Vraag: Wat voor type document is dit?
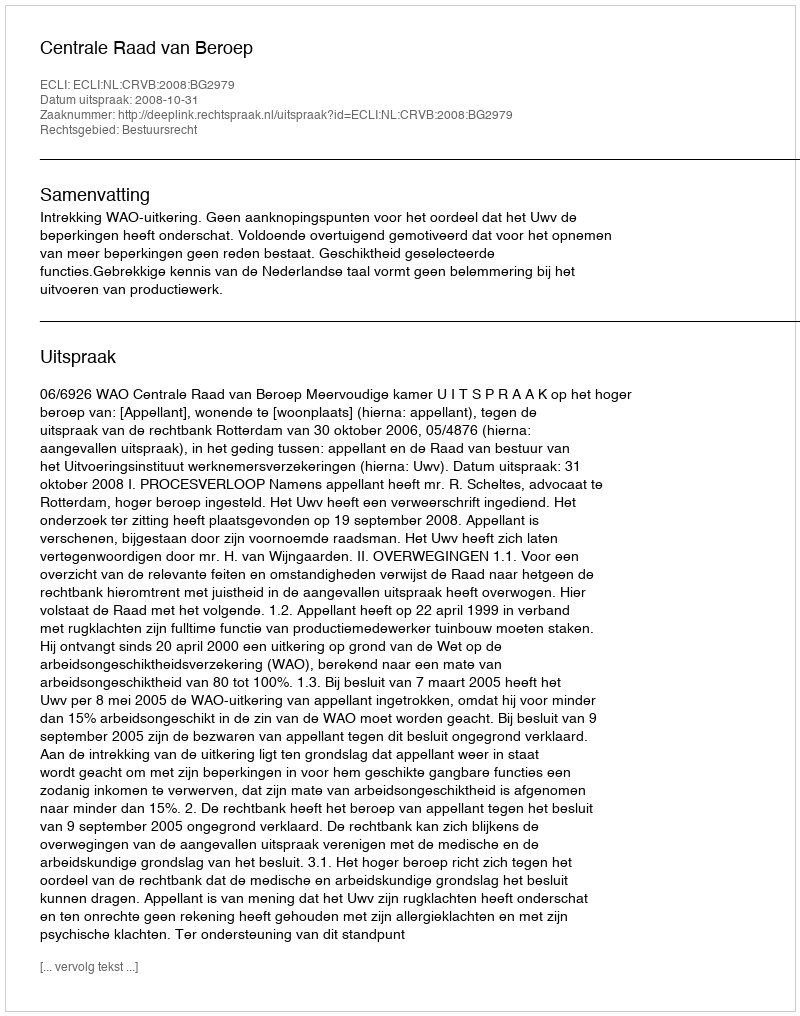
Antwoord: Uitspraak